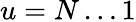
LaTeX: u=N\ldots 1